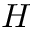
H